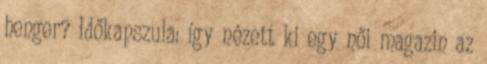
henger? Időkapszula: így nézett ki egy női magazin az